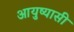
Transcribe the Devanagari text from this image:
आयुष्यासी